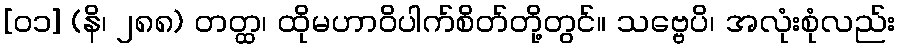
[၀၁] (နိ၊ ၂၈၈) တတ္ထ၊ ထိုမဟာဝိပါက်စိတ်တို့တွင်။ သဗ္ဗေပိ၊ အလုံးစုံလည်း